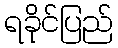
ရခိုင်ပြည်